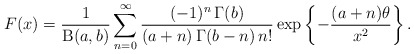
\begin{align*}F(x)=\frac{1}{\operatorname{B}(a,b)}\sum^{\infty}_{n=0}\frac{(-1)^n\,\Gamma(b)}{(a+n)\,\Gamma(b-n)\,n!}\exp\left\{-\frac{(a+n)\theta}{x^2}\right\}.\end{align*}